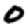
Digit: 0